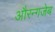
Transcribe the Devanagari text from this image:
औरन्गजेब